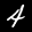
Label: 4